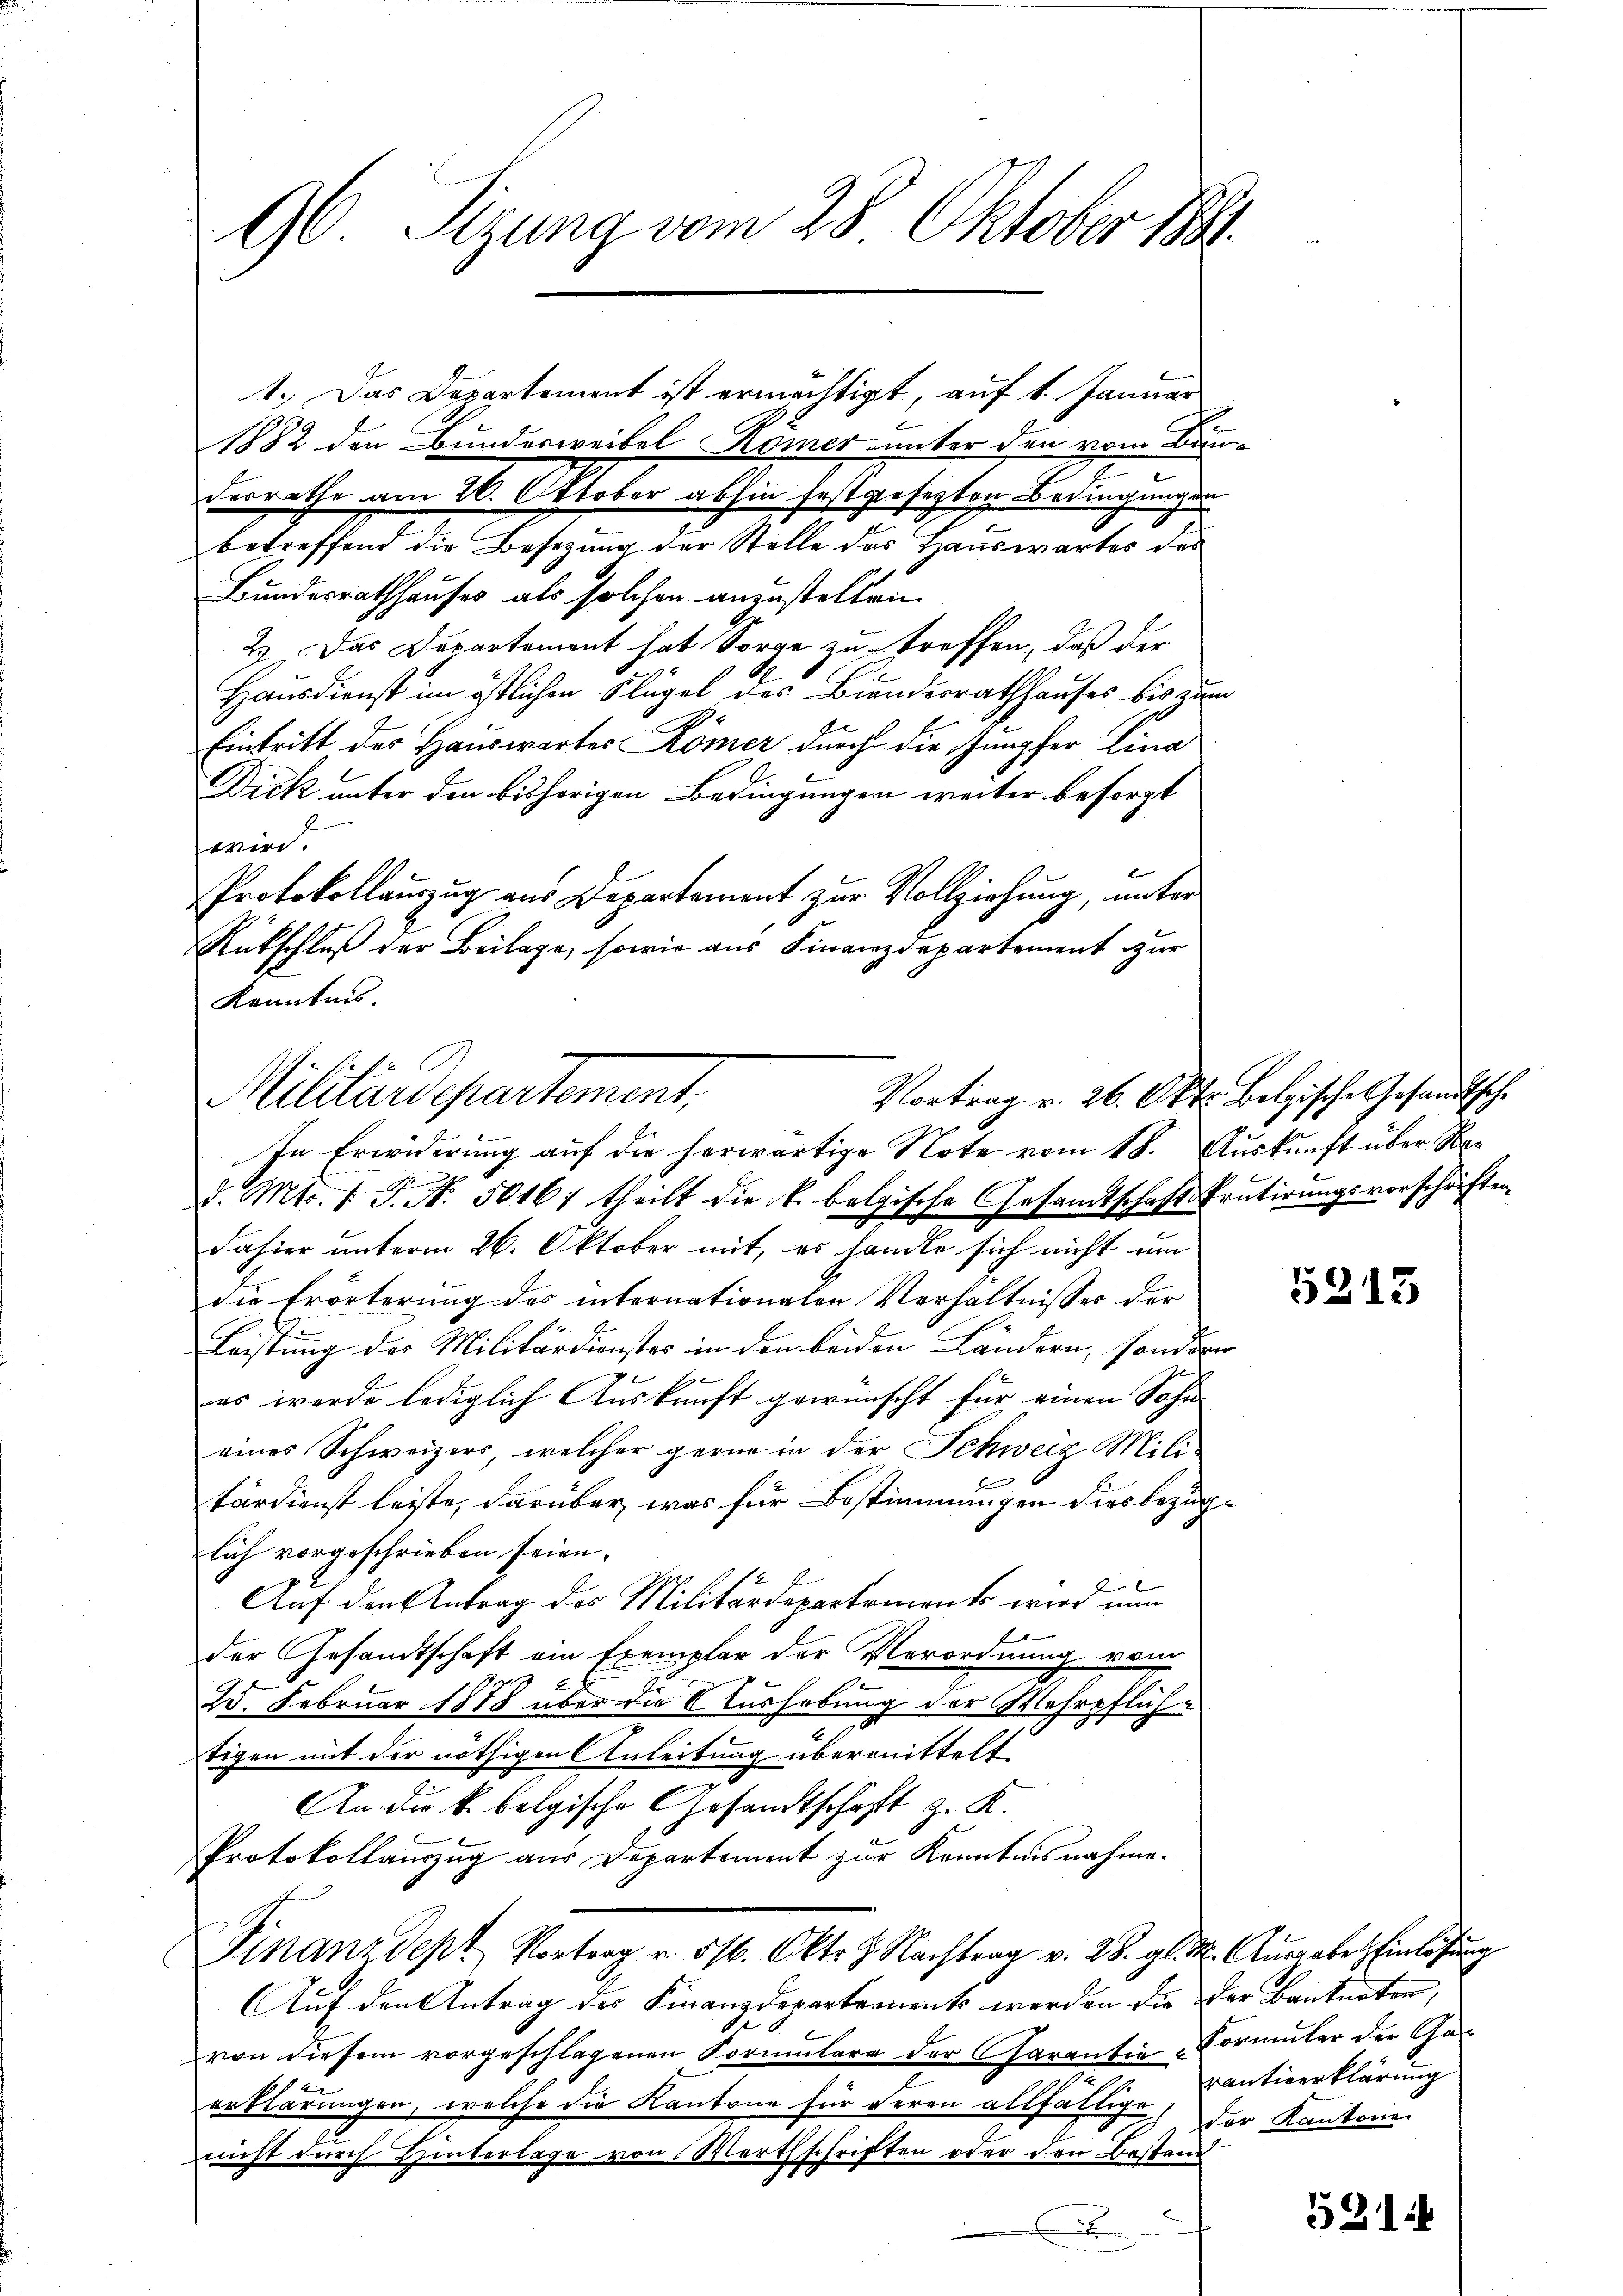
1882 den Bundesweibel Komer unter den vom Bundesrathe am 26. Oktober abhin festgesetzten Bedingung de
betreffend die Besetzung der Stelle des Hauswartes des
Bundesrathhauses als solchen anzustellen.
2.) Das Departement hat Sorge zu treffen, daß der
Hausdienst im östlichen Flügel des Biendesrathhauses bis zum
e
e
Eintritt des Hauswartes Römer durch die Jungfer Lina
Dick unter den bisherigen Bedingungen weiter besorgt
wird.
t
Protokollauszug aus Departement zur Vollziehung, unter
Rückschluß der Beilage, sowie aus Finanzdepartement zur
Kenntnis.

96 Sizung vom 28. Oktober 1891.

1. Das Departement ist ermächtigt, auf 1. Januar

In Erwiderung auf die herwärtige Note vom 18. Auskunft über Red. Mts. v. J. N. 50167 theilt die k. belgische Gesandtschaft Prutirungsvorschriften
dahier unterm 26. Oktober mit, es handle sich nicht um
die Erörterung des internationalen Verhältnisses der
Leistung des Militärdienstes in den beiden Ländern, sondern
as werde lediglich Auskunft gewünscht für einen Sohn
eines Schweizers, welcher gerne in der Schweiz Mili-
tärdienst leiste, darüber, was für Bestimmungen dies bezüglich vorgeschrieben seien.
2
.
Auf den Antrag des Militärdepartements wird nun
der Gesandtschaft ein Exemplar der Verordnung vom
25. Februar 1878 über die Aushebung der Mehrpfliche
tigen mit der nöthigen Anleitung übermittelt
An die k. bolgische Gesandtschaft z. K.
Protokollauszug aus Departement zur Kenntnisnahme.
Finanzdept, Vortrag u. 516. Okt. J. Nachtrag v. 28. gl. M. Aŭsgabe hinlösung
Auf den Antrag des Finanzdepartements werden die der Banknoten,
von diesem vorgeschlagenen Formulare der Garantie Vormuter der Gan
2
erklärungen, welche die Kantone für deren allfältige, der Kantone
nicht durch Hinterlage von Werthschriften oder den Bestand
x

Militärdepartement,

Vortrag v. 26. Okt. Bolzische Gesandtsche

5213

rantieerklärung

5214